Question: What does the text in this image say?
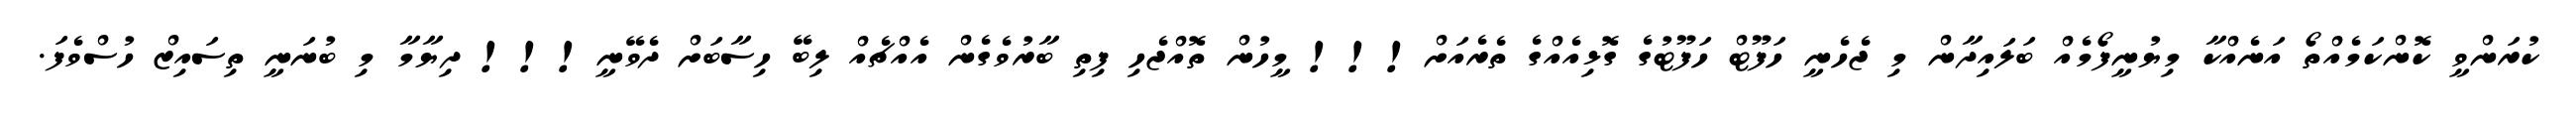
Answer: ކުރަންވީ ކޮންކަމެއްތޯ އަނެއްކާ މިޔުނީފޯމެއް ބަލައިދާން މި ޖެހެނީ ހަފޫޓް ހަފޫޓުގެ ގޮޅިއެއްގެ ތެރެއަށް!!! މީހުން ތޮއްޖެހި ފިތި ބާރުވެގެން އެއްޗެއް ލިބޭ ހިސާބަށް ދެވޭނީ!!! ދިޔާމާ މި ބުނަނީ ތިސައިޒް ހުސްވެފަ.